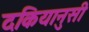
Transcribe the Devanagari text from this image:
दकियानुसी